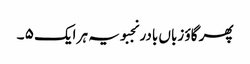
پھر گاؤ زباں بادر نجبویہ ہر ایک ۵ ۔